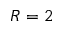
R = 2